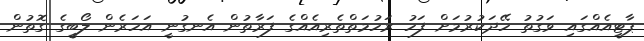
ޕާޓީއެއްގައި ވަގުތު ހޭދަކުރުމަށް ފަހު ރަހުމަތްތެރިއެއްގެ ފަރާތުން އެނގުނީ އަހަރެން ލޯބީގެ ގޮތުން